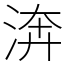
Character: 渀